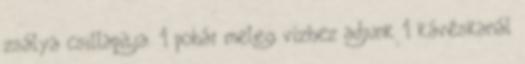
zsálya csillapítja. 1 pohár meleg vízhez adjunk 1 kávéskanál